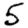
Digit: 5